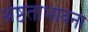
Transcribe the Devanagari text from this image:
श्रेष्ठताभावना